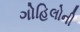
ગોહિલોની